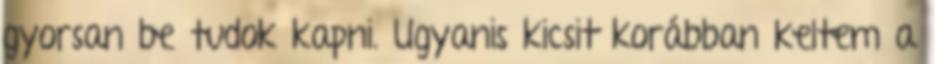
gyorsan be tudok kapni. Ugyanis kicsit korábban keltem a